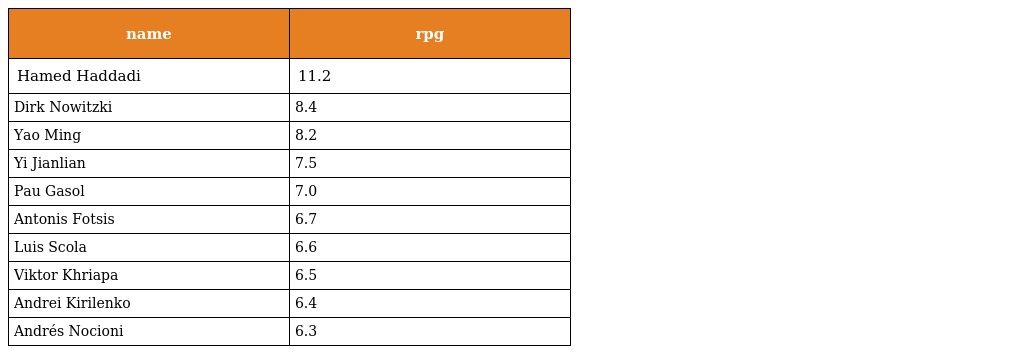
| name | rpg |
 | --- | --- |
 | Hamed Haddadi | 11.2 |
 | Dirk Nowitzki | 8.4 |
 | Yao Ming | 8.2 |
 | Yi Jianlian | 7.5 |
 | Pau Gasol | 7.0 |
 | Antonis Fotsis | 6.7 |
 | Luis Scola | 6.6 |
 | Viktor Khriapa | 6.5 |
 | Andrei Kirilenko | 6.4 |
 | Andrés Nocioni | 6.3 |